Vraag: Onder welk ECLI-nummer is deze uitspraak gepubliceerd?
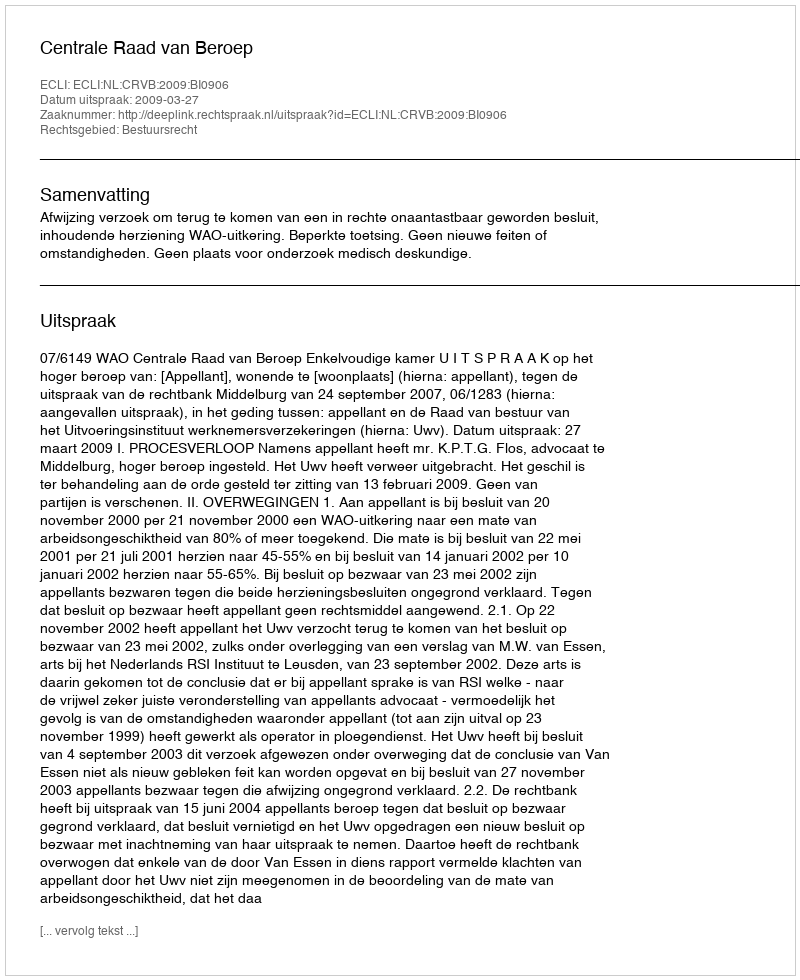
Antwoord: ECLI:NL:CRVB:2009:BI0906